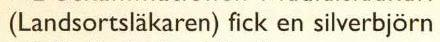
(Landsortsläkaren) fick en silverbjörn